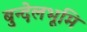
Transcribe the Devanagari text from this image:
बुन्देलभूमि